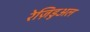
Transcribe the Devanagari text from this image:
रेज़िडुअल